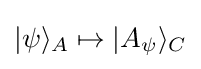
|\psi \rangle _{A}\mapsto |A_{\psi }\rangle _{C}